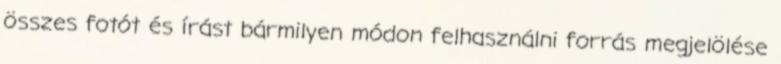
összes fotót és írást bármilyen módon felhasználni forrás megjelölése